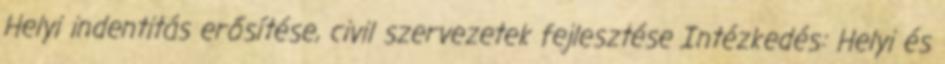
Helyi indentitás erősítése, civil szervezetek fejlesztése Intézkedés: Helyi és